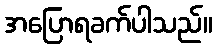
အပြောရခက်ပါသည်။